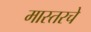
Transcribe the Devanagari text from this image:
मास्तरचे